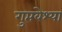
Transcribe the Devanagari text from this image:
गुप्तवेश्या